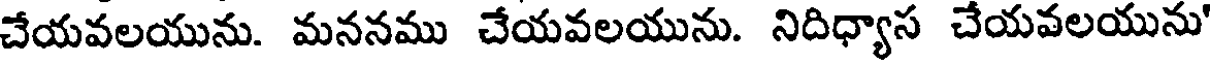
చేయవలయును. మననము చేయవలయును. నిదిధ్యాస చేయవలయును